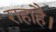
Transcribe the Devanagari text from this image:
राहाहै।